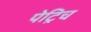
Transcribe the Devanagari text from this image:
पेट्रिच